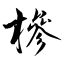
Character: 槮